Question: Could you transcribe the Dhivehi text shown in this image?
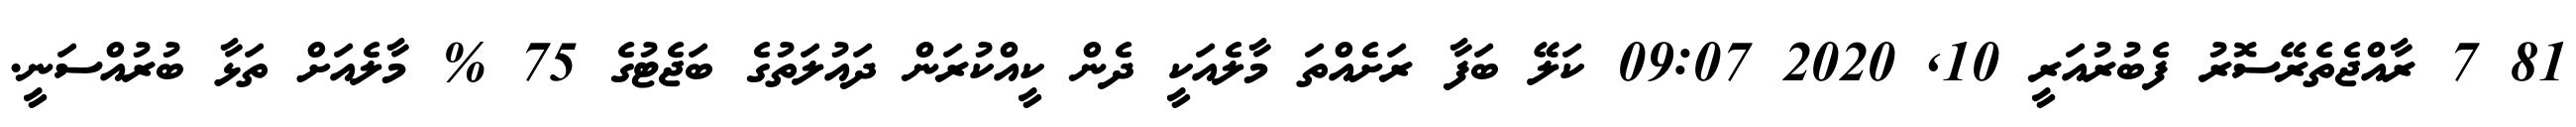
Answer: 81 7 ރާއްޖެތެރޭސޮރު ފެބުރުއަރީ 10, 2020 09:07 ކަލޭ ބަފާ ރަށެއްތަ މާލެއަކީ ދެން ކީއްކުރަން ދައުލަތުގެ ބަޖެޓުގެ 75 % މާލެއަށް ތަޅާ ބުރުއްސަނީ.